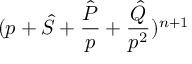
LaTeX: ( p + { \hat { S } } + \frac { \hat { P } } { p } + \frac { \hat { Q } } { p ^ { 2 } } ) ^ { n + 1 }